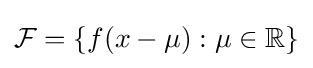
{\mathcal {F}}=\{f(x-\mu ):\mu \in \mathbb {R} \}